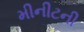
મીનીટની